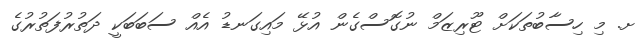
ށ. މި ހިސާބުތަކަށް ޓޫރިޒަމް ނުގޮސްގެން އުޅޭ މައިގަނޑު އެއް ސަބަބަކީ ދަތުރުފަތުރުގެ